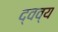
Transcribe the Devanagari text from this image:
द्वव्य